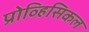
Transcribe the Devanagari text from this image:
प्रोव्हिसिकल